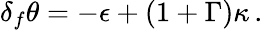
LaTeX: \delta_{f}\theta=-\epsilon+(1+\Gamma)\kappa\, .